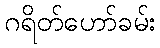
ဂရိတ်ဟော်ခမ်း